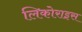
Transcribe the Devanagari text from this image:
लिकोराइस